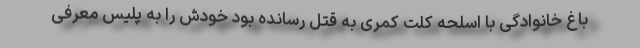
باغ خانوادگی با اسلحه کلت کمری به قتل رسانده بود خودش را به پلیس معرفی